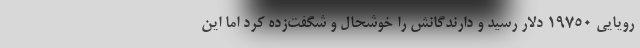
رویایی ۱۹۷۵۰ دلار رسید و دارندگانش را خوشحال و شگفت‌زده کرد اما این